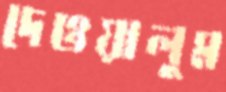
দেওয়ালুম